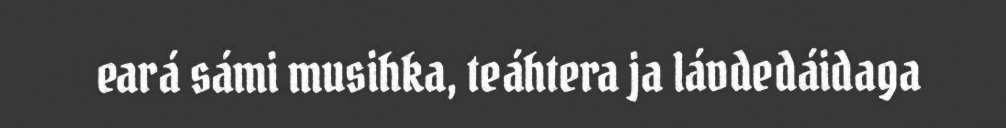
eará sámi musihka, teáhtera ja lávdedáidaga